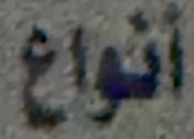
أنواع